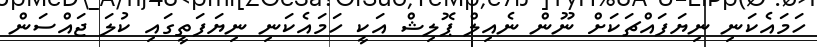
ހަމައެކަނި ނިޔަފައްޗަކަށް ނޫން ނެއިލް ޕޮލިޝް އަކީ ހަމައެކަނި ނިޔަފަތީގައި ކުލަ ޖައްސަން